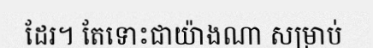
ដែរ។ តែទោះជាយ៉ាងណា សម្រាប់